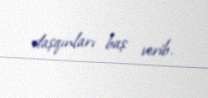
daşqınları baş verib.